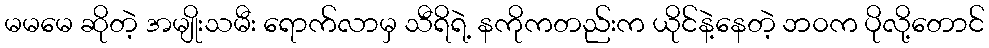
မမမေ ဆိုတဲ့ အမျိုးသမီး ရောက်လာမှ သီရိရဲ့ နကိုကတည်းက ယိုင်နဲ့နေတဲ့ ဘ၀က ပိုလို့တောင်